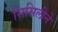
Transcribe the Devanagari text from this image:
सिसिलीने